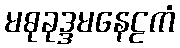
မဓုခုဒ္ဒမနေဠကံ